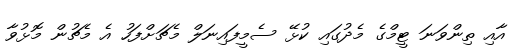
އާއި ތިންވަނަ ޓީމްގެ މެދުގައި ކުޅޭ ސެމީފައިނަލް މެޗަށްފަހު އެ މެޗުން މޮޅުވާ